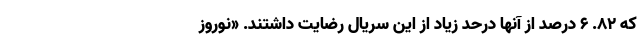
که 82. 6 درصد از آنها درحد زیاد از این سریال رضایت داشتند. «نوروز